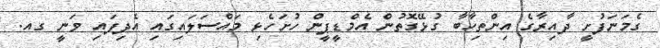
ގެމަނަފުށީ ދާއިރާގެ އިންތިހާބާ ގުޅޭގޮތުން އެމްޑީޕީން ހުށަހެޅި މައްސަލައިގައި އެދިފައި ވަނީ ގއ.